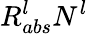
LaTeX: R_{abs}^{l}N^{l}